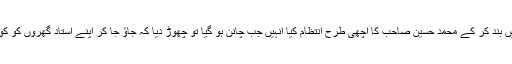
کمرے میں بند کر کے محمد حسین صاحب کا اچھی طرح انتظام کیا انہیں جب چانن ہو گیا تو چھوڑ دیا کہ جاؤ جا کر اپنے استاد گھروں کو کو لے جاؤ۔